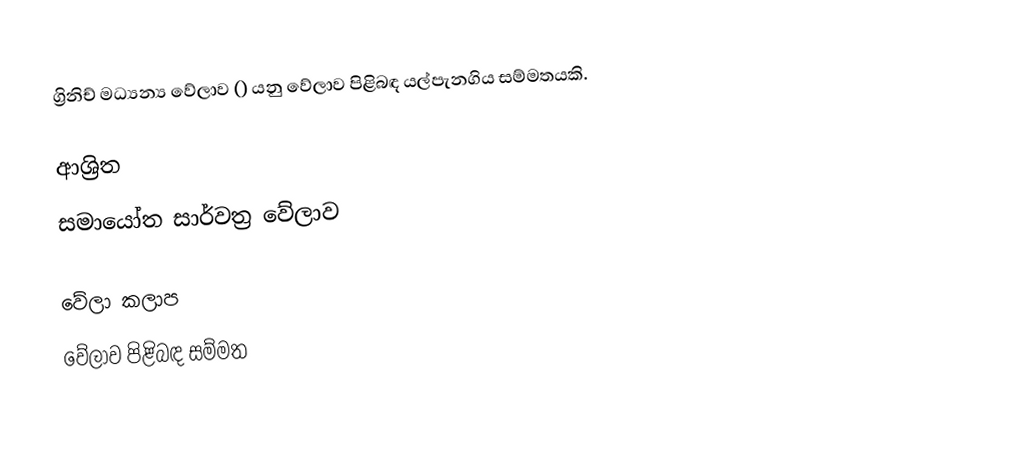
ග්‍රිනිච් මධ්‍යන්‍ය වේලාව () යනු වේලාව පිළිබඳ යල්පැනගිය සම්මතයකි.

ආශ්‍රිත
 සමායෝත සාර්වත්‍ර වේලාව

වේලා කලාප
වේලාව පිළිබඳ සම්මත